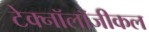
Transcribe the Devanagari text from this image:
टेक्नॉलॉजीकल